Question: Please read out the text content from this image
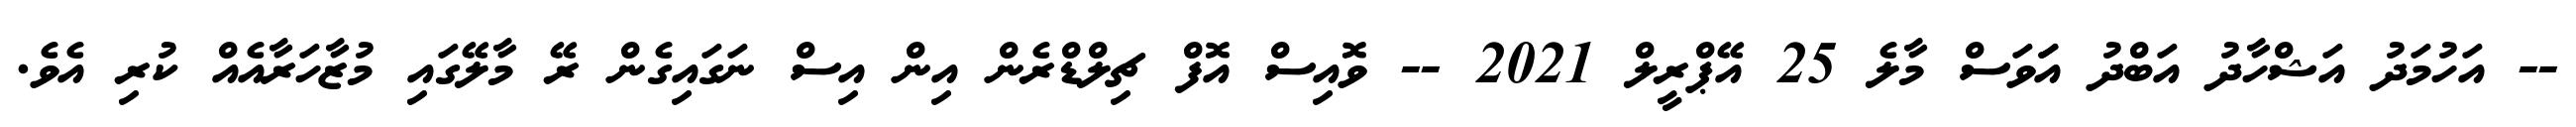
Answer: -- އަހުމަދު އަޝްހާދު އަބްދު އަަވަސް މާލެ 25 އޭޕްރީލް 2021 -- ވޮއިސް އޮފް ޗިލްޑްރެން އިން އިސް ނަގައިގެން ރޭ މާލޭގައި މުޒާހަރާއެއް ކުރި އެވެ.